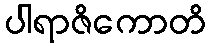
ပါရာဇိကောတိ